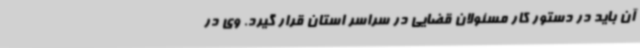
آن باید در دستور کار مسئولان قضایی در سراسر استان قرار گیرد. وی در